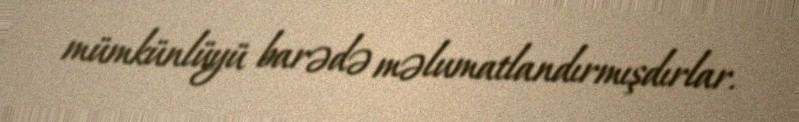
mümkünlüyü barədə məlumatlandırmışdırlar.